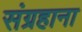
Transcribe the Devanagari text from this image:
संग्रहाना